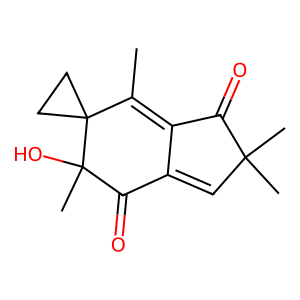
SMILES: CC1=C2C(=O)C(C)(C)C=C2C(=O)C(C)(O)C12CC2
Inhibits HIV replication: No